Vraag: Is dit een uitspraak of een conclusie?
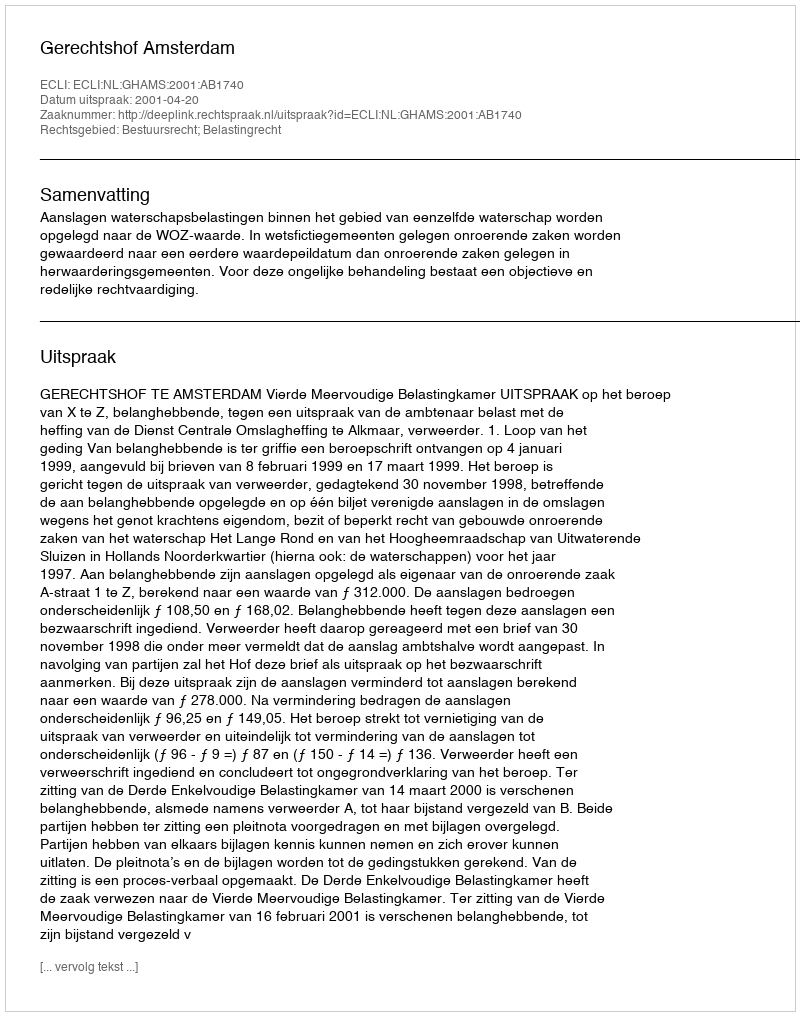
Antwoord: Uitspraak